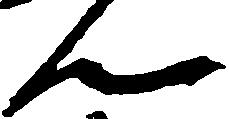
ん